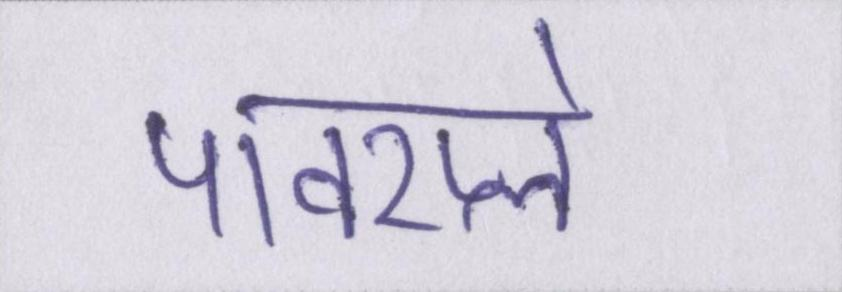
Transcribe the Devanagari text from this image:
पावरप्ले